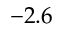
- 2 . 6